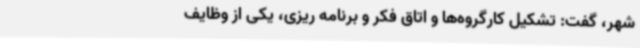
شهر، گفت: تشکیل کارگروه‌ها و اتاق فکر و برنامه ریزی، یکی از وظایف